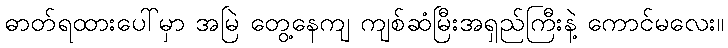
ဓာတ်ရထားပေါ်မှာ အမြဲ တွေ့နေကျ ကျစ်ဆံမြီးအရှည်ကြီးနဲ့ ကောင်မလေး။